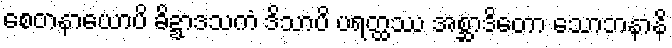
စေတနာယောပိ ခိဍ္ဍာဒသကံ ဒိသာပိ ပရတ္ထဿ အစ္ဆာဒိတော သောဘနာနိ